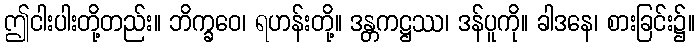
ဤငါးပါးတို့တည်း။ ဘိက္ခဝေ၊ ရဟန်းတို့။ ဒန္တကဋ္ဌဿ၊ ဒန်ပူကို။ ခါဒနေ၊ စားခြင်း၌။